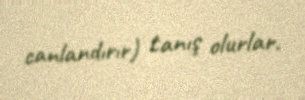
canlandırır) tanış olurlar.